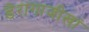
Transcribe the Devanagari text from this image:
डेरागाजीखां